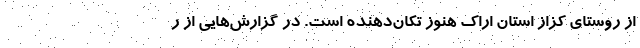
از روستای کزاز استان اراک هنوز تکان‌دهنده است. در گزارش‌هایی از ر